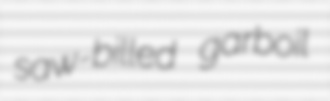
saw-billed garboil